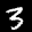
Label: 3